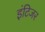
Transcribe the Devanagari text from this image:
इंटिजर